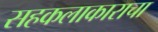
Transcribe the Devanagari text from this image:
सहकलाकाराचा